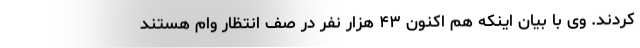
کردند. وی با بیان اینکه هم اکنون ۴۳ هزار نفر در صف انتظار وام هستند